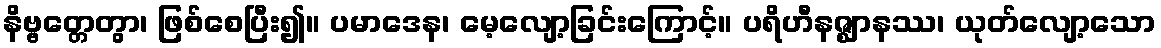
နိဗ္ဗတ္တေတွာ၊ ဖြစ်စေပြီး၍။ ပမာဒေန၊ မေ့လျော့ခြင်းကြောင့်။ ပရိဟီနဇ္ဈာနဿ၊ ယုတ်လျော့သော